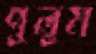
পুলুম